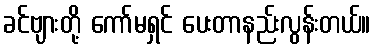
ခင်ဗျားတို့ ကော်မရှင် ပေးတာနည်းလွန်းတယ်။